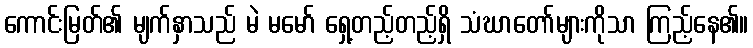
ကောင်းမြတ်၏ မျက်နှာသည် မဲ မမော် ရှေ့တည့်တည့်ရှိ သံဃာတော်များကိုသာ ကြည့်နေ၏။